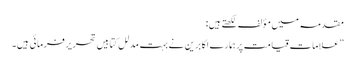
مقدمہ میں مؤلف لکھتے ہیں:
”علامات قیامت پر ہمارے اکابرین نے بہت مدلل کتابیں تحریر فرمائی ہیں۔